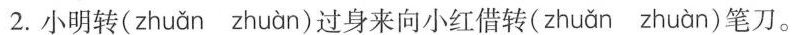
2. 小明转( zhuǎn zhuàn )过身来向小红借转( zhuǎn zhuàn )笔刀。